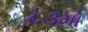
૮૩મો